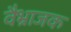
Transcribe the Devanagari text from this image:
वैभ्राजक